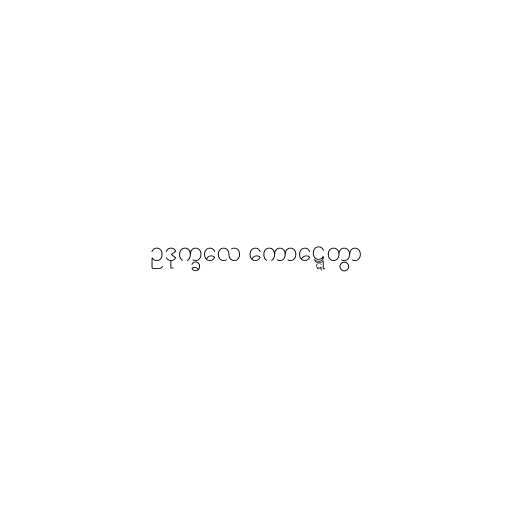
ဥဒုက္ခလေ ကောဋ္ဋေတွာ